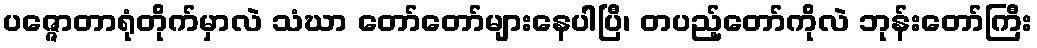
ပဇ္ဇောတာရုံတိုက်မှာလဲ သံဃာ တော်တော်များနေပါပြီ၊ တပည့်တော်ကိုလဲ ဘုန်းတော်ကြီး